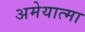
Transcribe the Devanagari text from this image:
अमेयात्मा